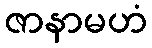
ဇာနာမဟံ